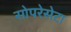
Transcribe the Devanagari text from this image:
सोपरेसेटा